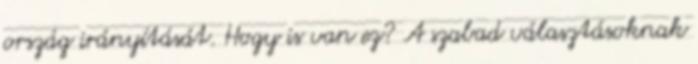
ország irányítását. Hogy is van ez? A szabad választásoknak